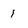
Character: 1